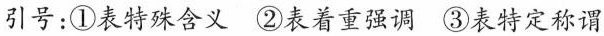
引号：①表特殊含义 ②表着重强调 ③表特定称谓